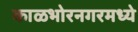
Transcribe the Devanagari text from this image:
काळभोरनगरमध्ये